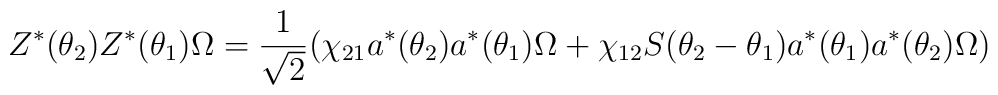
Z^{\ast }(\theta _{2})Z^{\ast }(\theta _{1})\Omega =\frac{1}{\sqrt{2}}(\chi_{21}a^{\ast }(\theta _{2})a^{\ast }(\theta _{1})\Omega +\chi _{12}S(\theta_{2}-\theta _{1})a^{\ast }(\theta _{1})a^{\ast }(\theta _{2})\Omega )